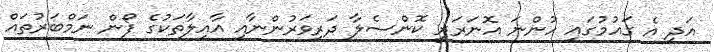
އަދި އެ ގައުމުގައި ހުންނަ އޮނަރަރީ ކޮންސެލާ ދަރިވަރުންނާއި އާއިލާތަކުގެ ފޯން ނަމްބަރުތައް